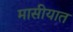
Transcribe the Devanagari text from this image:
मासीयात